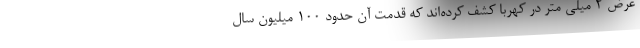
عرض ۲ میلی متر در کهربا کشف کرده‌اند که قدمت آن حدود ۱۰۰ میلیون سال